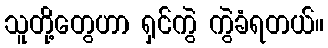
သူတို့တွေဟာ ရှင်ကွဲ ကွဲခံရတယ်။